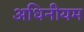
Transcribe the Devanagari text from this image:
अधिनीयम